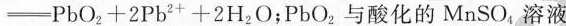
= P b O ^ { 2 } + 2 P b ^ { 2 + } + 2 H _